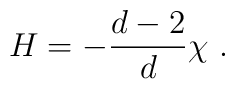
H=-{{d-2}\over d}\chi~.